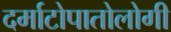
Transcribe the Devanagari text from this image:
दर्माटोपातोलोगी